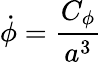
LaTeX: \dot{\phi}={\frac{C_{\phi}}{a^{3}}}